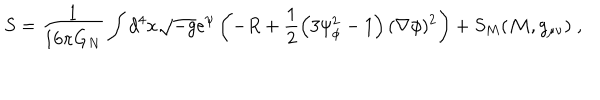
S = \frac { 1 } { 1 6 \pi G _ { N } } \int d ^ { 4 } x \sqrt { - g } e ^ { \psi } \left( - R + \frac { 1 } { 2 } \left( 3 \psi _ { \phi } ^ { 2 } - 1 \right) ( \nabla \phi ) ^ { 2 } \right) + S _ { M } ( { \cal M } , g _ { \mu \nu } ) \; ,